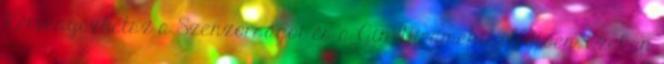
Kérvényezhetsz a Szenzorságot és a Gin Hiramekit illetően. Ezeken